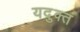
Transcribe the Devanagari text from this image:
यदुक्तं